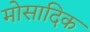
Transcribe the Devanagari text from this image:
मोसादिक